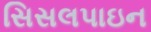
સિસલપાઇન